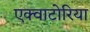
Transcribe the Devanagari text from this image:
एक्वाटोरिया